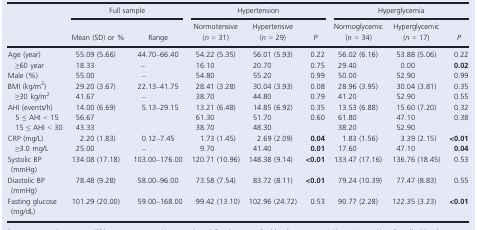
<table><thead><tr><td rowspan="2"></td><td colspan="2"><b>Full sample</b></td><td colspan="3"><b>Hypertension</b></td><td colspan="3"><b>Hyperglycemia</b></td></tr><tr><td><b>Mean (SD) or %</b></td><td><b>Range</b></td><td><b>Normotensive (<i>n</i> = 31)</b></td><td><b>Hypertensive (<i>n</i> = 29)</b></td><td><b><i>P</i></b></td><td><b>Normoglycemic (<i>n</i> = 34)</b></td><td><b>Hyperglycemic (<i>n</i> = 17)</b></td><td><b><i>P</i></b></td></tr></thead><tbody><tr><td>Age (year)</td><td>55.09 (5.66)</td><td>44.70–66.40</td><td>54.22 (5.35)</td><td>56.01 (5.93)</td><td>0.22</td><td>56.02 (6.16)</td><td>53.88 (5.06)</td><td>0.22</td></tr><tr><td>≥60 year</td><td>18.33</td><td>−</td><td>16.10</td><td>20.70</td><td>0.75</td><td>29.40</td><td>0.00</td><td><b>0.02</b></td></tr><tr><td>Male (%)</td><td>55.00</td><td>–</td><td>54.80</td><td>55.20</td><td>0.99</td><td>50.00</td><td>52.90</td><td>0.99</td></tr><tr><td>BMI (kg/m<sup>2</sup>)</td><td>29.20 (3.67)</td><td>22.13–41.75</td><td>28.41 (3.28)</td><td>30.04 (3.93)</td><td>0.08</td><td>28.96 (3.95)</td><td>30.04 (3.81)</td><td>0.35</td></tr><tr><td>≥30 kg/m<sup>2</sup></td><td>41.67</td><td>–</td><td>38.70</td><td>44.80</td><td>0.79</td><td>41.20</td><td>52.90</td><td>0.55</td></tr><tr><td>AHI (events/h)</td><td>14.00 (6.69)</td><td>5.13–29.15</td><td>13.21 (6.48)</td><td>14.85 (6.92)</td><td>0.35</td><td>13.53 (6.88)</td><td>15.60 (7.20)</td><td>0.32</td></tr><tr><td>5 ≤ AHI &lt; 15</td><td>56.67</td><td></td><td>61.30</td><td>51.70</td><td>0.60</td><td>61.80</td><td>47.10</td><td>0.38</td></tr><tr><td>15 ≤ AHI &lt; 30</td><td>43.33</td><td></td><td>38.70</td><td>48.30</td><td></td><td>38.20</td><td>52.90</td><td></td></tr><tr><td>CRP (mg/L)</td><td>2.20 (1.83)</td><td>0.12–7.45</td><td>1.73 (1.45)</td><td>2.69 (2.09)</td><td><b>0.04</b></td><td>1.83 (1.56)</td><td>3.39 (2.15)</td><td><b>&lt;0.01</b></td></tr><tr><td>≥3.0 mg/L</td><td>25.00</td><td>–</td><td>9.70</td><td>41.40</td><td><b>0.01</b></td><td>17.60</td><td>47.10</td><td><b>0.04</b></td></tr><tr><td>Systolic BP (mmHg)</td><td>134.08 (17.18)</td><td>103.00–176.00</td><td>120.71 (10.96)</td><td>148.38 (9.14)</td><td><b>&lt;0.01</b></td><td>133.47 (17.16)</td><td>136.76 (18.45)</td><td>0.53</td></tr><tr><td>Diastolic BP (mmHg)</td><td>78.48 (9.28)</td><td>58.00–96.00</td><td>73.58 (7.54)</td><td>83.72 (8.11)</td><td><b>&lt;0.01</b></td><td>79.24 (10.39)</td><td>77.47 (8.83)</td><td>0.55</td></tr><tr><td>Fasting glucose (mg/dL)</td><td>101.29 (20.00)</td><td>59.00–168.00</td><td>99.42 (13.10)</td><td>102.96 (24.72)</td><td>0.53</td><td>90.77 (2.28)</td><td>122.35 (3.23)</td><td><b>&lt;0.01</b></td></tr></tbody></table>